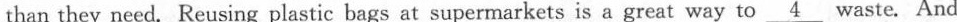
than they need. Reusing plastic bags at supermarkets is a great way to \underline{4} waste. And